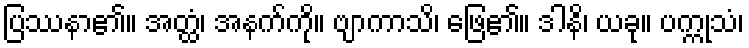
ပြဿနာ၏။ အတ္ထံ၊ အနက်ကို။ ဗျာကာသိ၊ ဖြေ၏။ ဒါနိ၊ ယခု။ ပက္ကုသံ၊